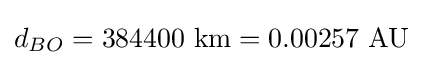
d_{BO}=384400{\text{ km}}=0.00257{\text{ AU}}